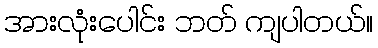
အားလုံးပေါင်း ဘတ် ကျပါတယ်။